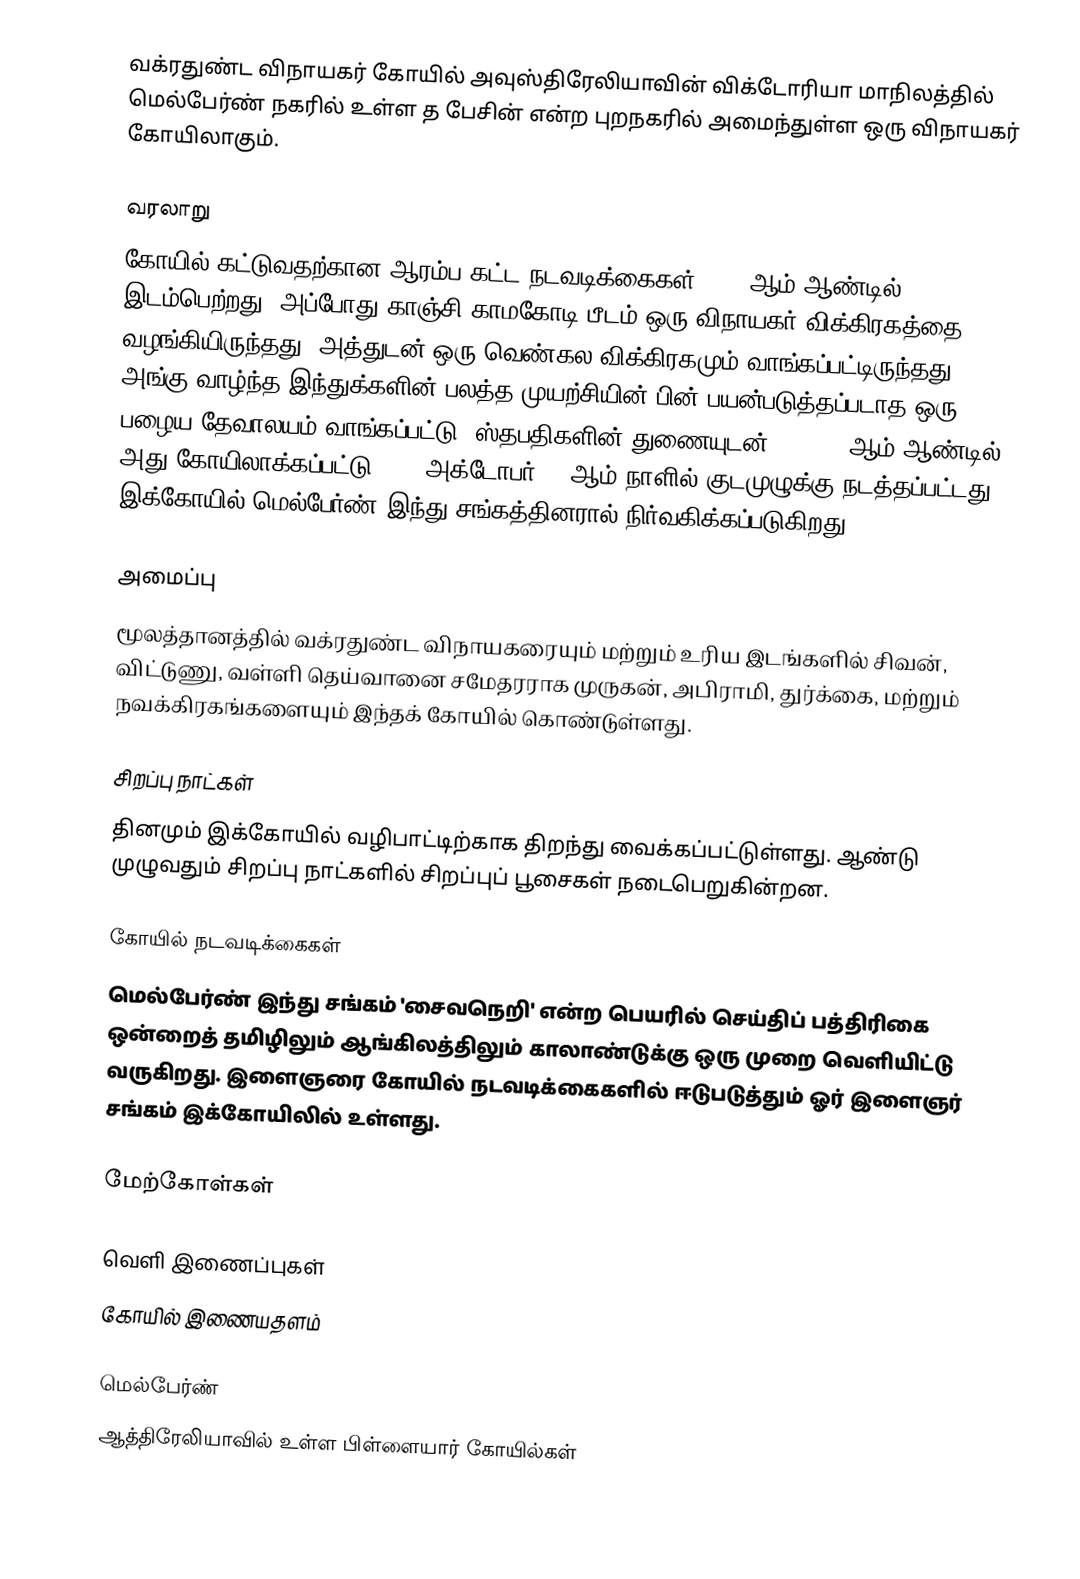
வக்ரதுண்ட விநாயகர் கோயில் அவுஸ்திரேலியாவின் விக்டோரியா மாநிலத்தில் மெல்பேர்ண் நகரில் உள்ள த பேசின் என்ற புறநகரில் அமைந்துள்ள ஒரு விநாயகர் கோயிலாகும்.

வரலாறு
கோயில் கட்டுவதற்கான ஆரம்ப கட்ட நடவடிக்கைகள் 1989-ஆம் ஆண்டில் இடம்பெற்றது. அப்போது காஞ்சி காமகோடி பீடம் ஒரு விநாயகர் விக்கிரகத்தை வழங்கியிருந்தது. அத்துடன் ஒரு வெண்கல விக்கிரகமும் வாங்கப்பட்டிருந்தது. அங்கு வாழ்ந்த இந்துக்களின் பலத்த முயற்சியின் பின் பயன்படுத்தப்படாத ஒரு பழைய தேவாலயம் வாங்கப்பட்டு, ஸ்தபதிகளின் துணையுடன் 1991-92 ஆம் ஆண்டில் அது கோயிலாக்கப்பட்டு 1992 அக்டோபர் 11 ஆம் நாளில் குடமுழுக்கு நடத்தப்பட்டது. இக்கோயில் மெல்பேர்ண் இந்து சங்கத்தினரால் நிர்வகிக்கப்படுகிறது.

அமைப்பு
மூலத்தானத்தில் வக்ரதுண்ட விநாயகரையும் மற்றும் உரிய இடங்களில் சிவன், விட்டுணு, வள்ளி தெய்வானை சமேதரராக முருகன், அபிராமி, துர்க்கை, மற்றும் நவக்கிரகங்களையும் இந்தக் கோயில் கொண்டுள்ளது.

சிறப்பு நாட்கள்
தினமும் இக்கோயில் வழிபாட்டிற்காக திறந்து வைக்கப்பட்டுள்ளது. ஆண்டு முழுவதும் சிறப்பு நாட்களில் சிறப்புப் பூசைகள் நடைபெறுகின்றன.

கோயில் நடவடிக்கைகள்
மெல்பேர்ண் இந்து சங்கம் 'சைவநெறி' என்ற பெயரில் செய்திப் பத்திரிகை ஒன்றைத் தமிழிலும் ஆங்கிலத்திலும் காலாண்டுக்கு ஒரு முறை வெளியிட்டு வருகிறது. இளைஞரை கோயில் நடவடிக்கைகளில் ஈடுபடுத்தும் ஓர் இளைஞர் சங்கம் இக்கோயிலில் உள்ளது.

மேற்கோள்கள்

வெளி இணைப்புகள்
கோயில் இணையதளம்

மெல்பேர்ண்
ஆத்திரேலியாவில் உள்ள பிள்ளையார் கோயில்கள்